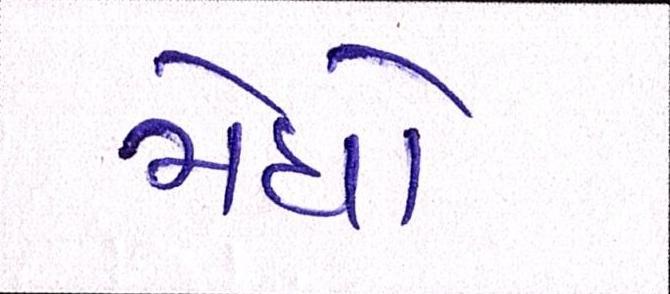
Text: મેઘો